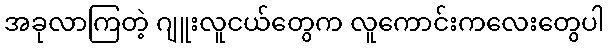
အခုလာကြတဲ့ ဂျူးလူငယ်တွေက လူကောင်းကလေးတွေပါ